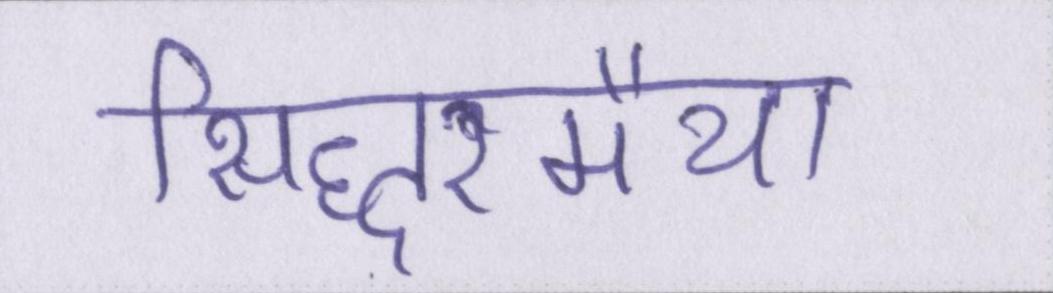
सिद्धरमैया